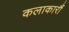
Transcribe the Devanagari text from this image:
कलाकारौं